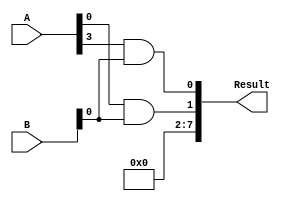
module Multiplier_4bit (
    input wire [3:0] A, // 4-bit input A
    input wire [3:0] B, // 4-bit input B
    output reg [7:0] Result // 8-bit output (multiplication result)
);
    wire [7:0] P1, P2, P3, P4; // Partial products
    wire [7:0] S1, S2, S3, S4, S5, S6, S7; // Sum bits
    
    // Generate partial products
    assign P1 = A[0] & B;
    assign P2 = A[1] & B;
    assign P3 = A[2] & B;
    assign P4 = A[3] & B;
    
    // Generate sum bits
    assign S1 = P1[0];
    assign S2 = P1[1] ^ P2[0];
    assign S3 = P1[2] ^ P2[1] ^ P3[0];
    assign S4 = P1[3] ^ P2[2] ^ P3[1] ^ P4[0];
    assign S5 = P2[3] ^ P3[2] ^ P4[1];
    assign S6 = P3[3] ^ P4[2];
    assign S7 = P4[3];
    
    // Generate the final result
    always @(*) begin
        Result = {S7, S6, S5, S4, S3, S2, S1, P4[0]};
    end
endmodule // Multiplier_4bit